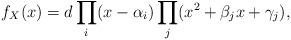
LaTeX: \begin{align*}f_X(x)&=d\prod_{i}(x-\alpha_i)\prod_j(x^2+\beta_j x+\gamma_j),\end{align*}